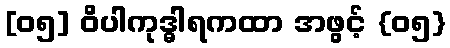
[၀၅] ဝိပါကုဒ္ဓါရကထာ အဖွင့် {၀၅}